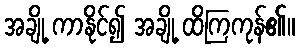
အချို့ ကာနိုင်၍ အချို့ ထိကြကုန်၏။